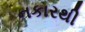
નકારથી